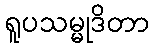
ရူပသမ္မုဒိတာ